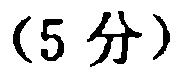
(5 分)